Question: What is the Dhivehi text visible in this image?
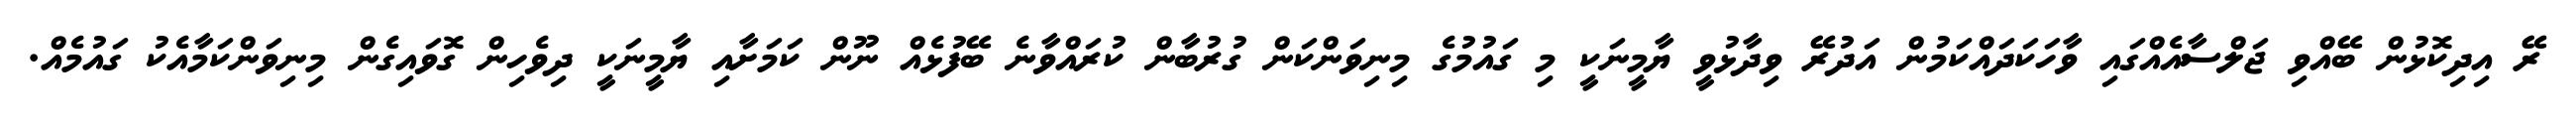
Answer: ރޭ އިދިކޮޅުން ބޭއްވި ޖަލްސާއެއްގައި ވާހަކަދައްކަމުން އަދުރޭ ވިދާޅުވީ ޔާމީނަކީ މި ގައުމުގެ މިނިވަންކަން ގުރުބާން ކުރައްވާނެ ބޭފުޅެއް ނޫން ކަމަށާއި ޔާމީނަކީ ދިވެހިން ގޮވައިގެން މިނިވަންކަމާއެކު ގައުމެއް.